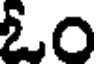
ఓం